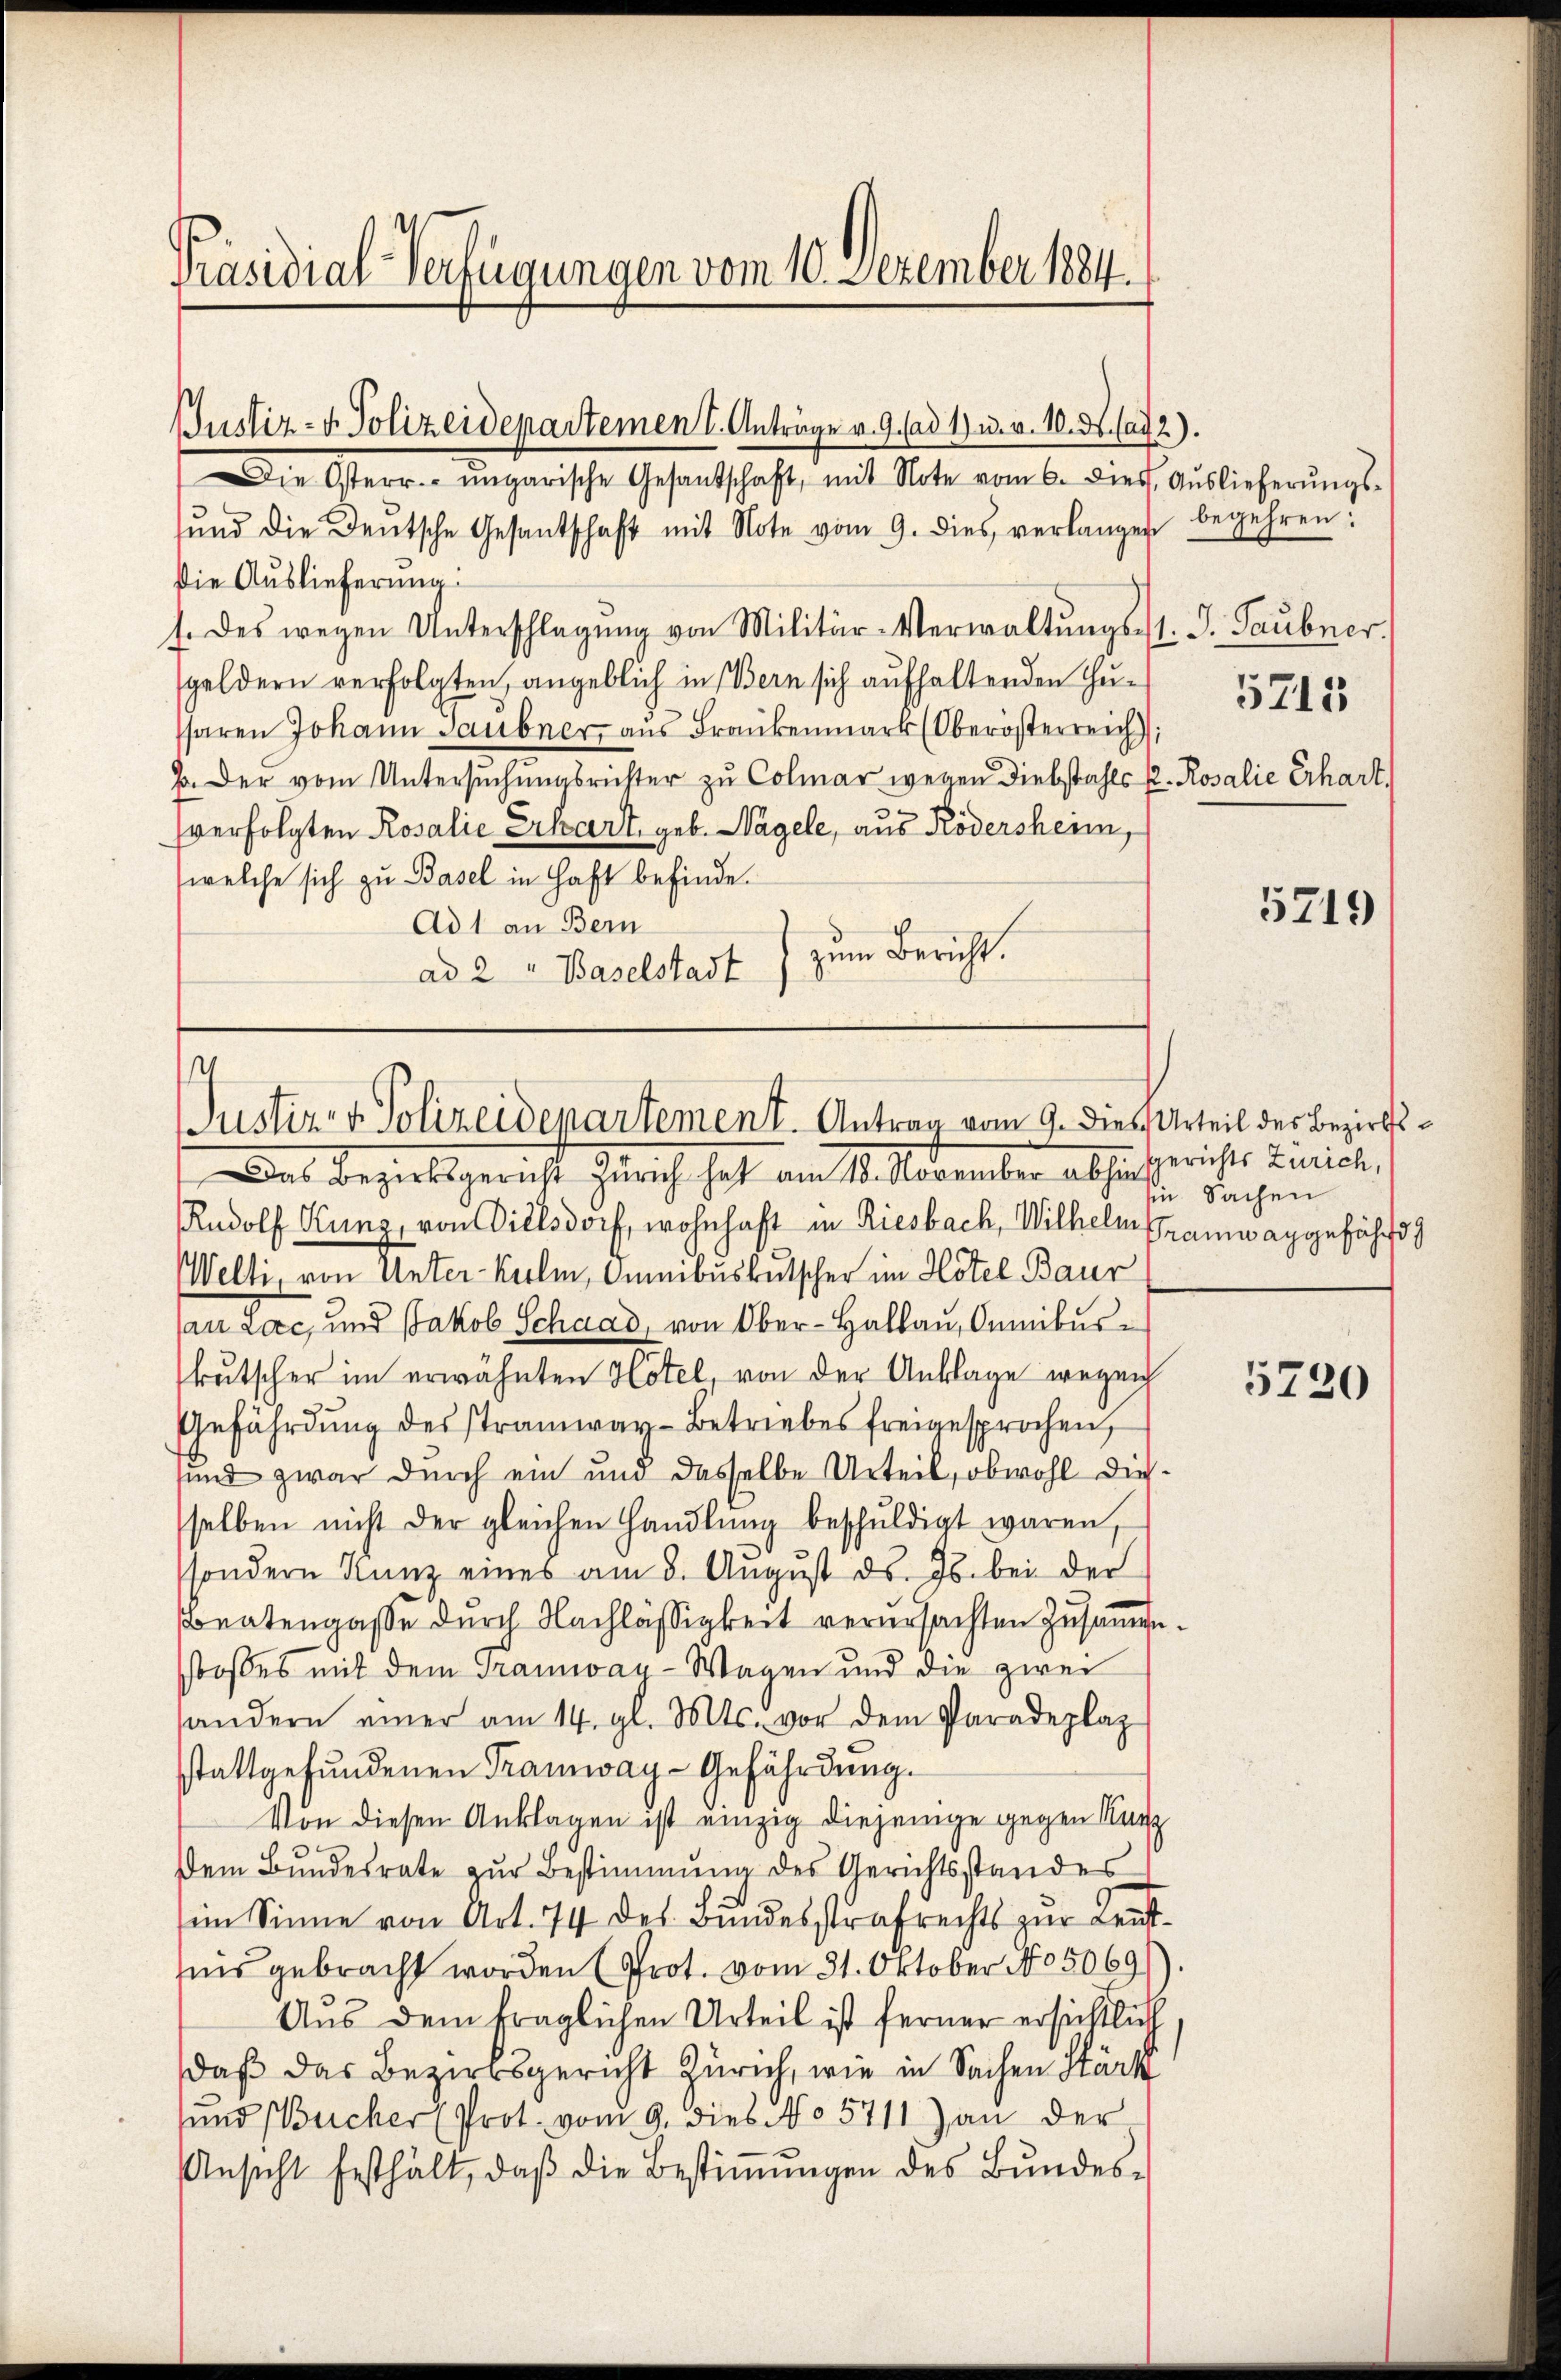
Präsidial-Verfügungen vom 10. Dezember 1884.

Justiz- & Polizeidepartemen I. Anträge v. 9. ad 1) u. v. 10. ds. a. 2).

s
Justiz- & Polizeidepartement. Antrag vom 9. Dies Urteil des Bezirks¬

Die Osterr. ungarische Gesantschaft, mit Note vom 6. Diess. Aŭslieferŭngs-
ŭnd die Deutsche Gesantschaft mit Note vom 9. dies verlangen begehren:
die Auslieferung
1. Des wegen Unterschlagung von Militär-Verwaltŭngs- 1. d. Taŭbner,
geldern verfolgten, angeblich in Bern sich aufhaltenden Gufaren Johann Saubner, aus Frankenmark (Oberösterreich
J. Der vom Untersuchungsrichter zu Colmar wegen Diebstahls P. Rosalie Erhart.
sverfolgten Rosalić Erkart, geb. Nagele, aus Rödersheim,
welche sich zu Basel in Haft befinde.
Ad 1 an Bern
zum Bericht.
ad 2 " Baselstadt

Das Bezirksgericht Zürich hat am 18. November absicherichte Linie,
Rudolf Kunz, von Dielsdorf, wohnhaft in Riesbach, Wilhelm Gramwaggefährd
Welti, von Unter-Kulm, Omnibusbutscher im Hotel Baur
an Lac, und Jakob Schaad, von Ober-Hallau, Omnibus
kutscher im erwähnten Hotel, von der Anklage wegen
Gefährdung des Stramway-Betriebes freigesprochen,
sund zwar durch ein und dasselbe Urteil, obwohl dieselben nicht der gleichen Handlŭng beschŭldigt waren,
sondern Kanz eines am 3. August ds. Js. bei der
Beatengasse durch Nachlässigkeit verursachten Zusammenstosses mit dem Tramwas-Wagen und die zwei
andern einer am 14. gl. Mts. vor dem Paradeplaz
stattgefundenen Tramway-Gefährdung.
Von diesen Anklagen ist einzig diejenige gegen Kurz
dem Bundesrate zŭr Bestimmung des Gerichtsstandes
im Sinne von Art. 74 des Bundesstrafrechts zur Leutis gebracht worden (Prot. vom 31. Oktober No 5069/)
Aus dem fraglichen Urteil ist ferner ersichtlich
daß das Bezirksgericht Zürich, wie in Sachen Stärk
und Bucher (Prot. vom 9. dies No 5711) an der
Ansicht festhält, daβ die Bestiṁŭngen des Bŭndes-

5711

5719

in Sachen

5720